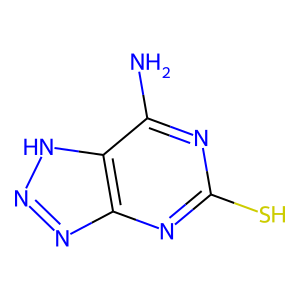
SMILES: Nc1nc(S)nc2nn[nH]c12
Inhibits HIV replication: No